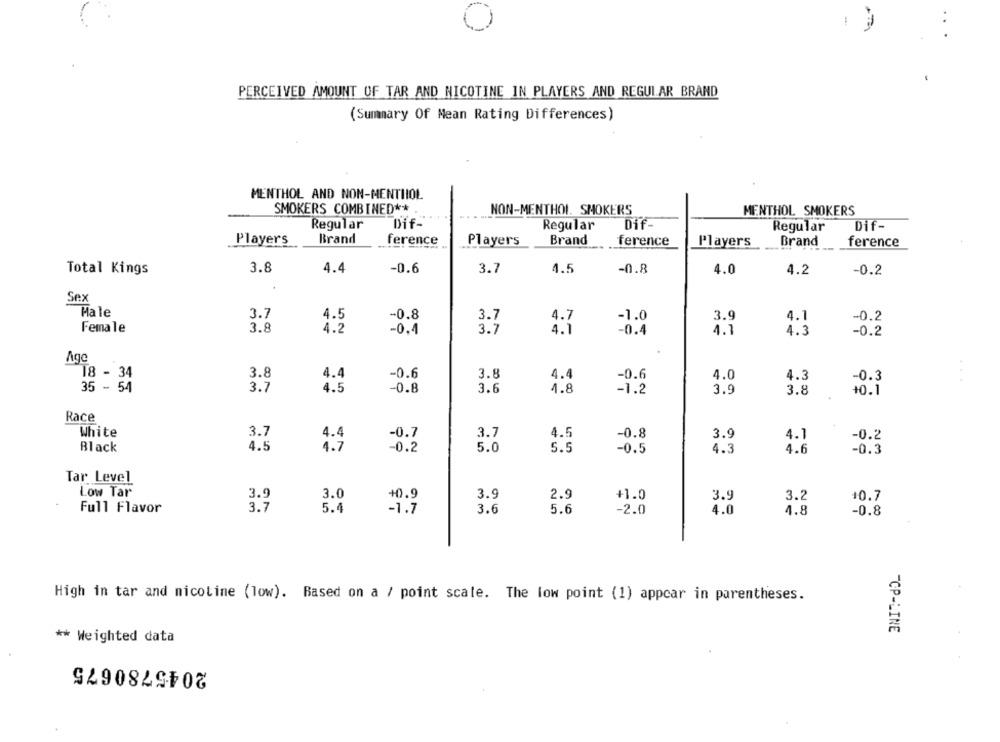
PERCEIVED AMOUNT OF TAR AND NICOTINE IN PLAYERS AND REGULAR BRAND
(Summary Of Mean Rating Differences)
MENTHOL AND NON-MENTHOL
SMOKERS COMBINED ** .
NON-MENTHOL. SMOKERS
MENTHOL SMOKERS
Regular
Dif-
Regular
Dif-
Regular
Dif-
Players
Brand
ference
Players
Brand
ference
Players
Brand
ference
3.8
Total Kings
4.4
-0.6
3.7
4.5
-0.8
4.0
4.2
-0.2
Sex
Hale
3.7
4.5
-0.8
3.7
4.7
-1.0
3.9
4.1
-0.2
Female
3.8
4.
-0.4
3.7
4.1
-0.4
1.1
4.3
-0.2
Age
18 - 34
3.8
4.4
-0.6
3.8
4.4
-0.6
4.0
4.3
-0.3
...
35 - 54
3.7
4.5
-0.8
3.6
4.8
-1.2
3.9
3.8
+0.1
Race
White
3.7
4.4
-0.7
3.7
4.5
-0.8
3.9
4.1
-0.2
Black
4.5
4.7
-0.2
5.0
5.5
-0.5
4.3
4.6
-0.3
Tar Level
Low Tar
3.9
3.0
+0.9
3.9
2.9
+1.0
3.5
3.2
10.7
Full Flavor
3.7
5.4
-1.7
3.6
5.6
-2.0
4.0
4.8
-0.8
High in tar and nicotine (low). Based on a / point scale. The low point (1) appear in parentheses.
-CP-LINE
** Weighted data
2045780675